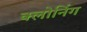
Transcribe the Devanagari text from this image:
क्‍लोनिंग